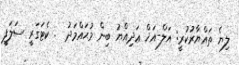
ލިޔެ ތައްޔާރުކުރީ: އަލް-އަޚް ޢަދިއްޔު ބިން މުޙައްމަދު  . ކެޓަގަރީ ސަލަފީ